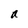
Character: a